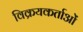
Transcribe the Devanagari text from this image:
विक्रयकर्ताओं